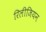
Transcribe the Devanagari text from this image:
रिलीजियन